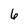
Character: 6